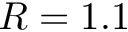
R = 1 . 1